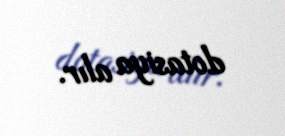
dotasiya alır.